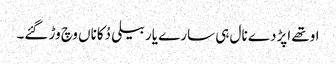
اوتھے اپڑدے نال ہی سارے یار بیلی دُکاناں وچ وڑ گئے۔